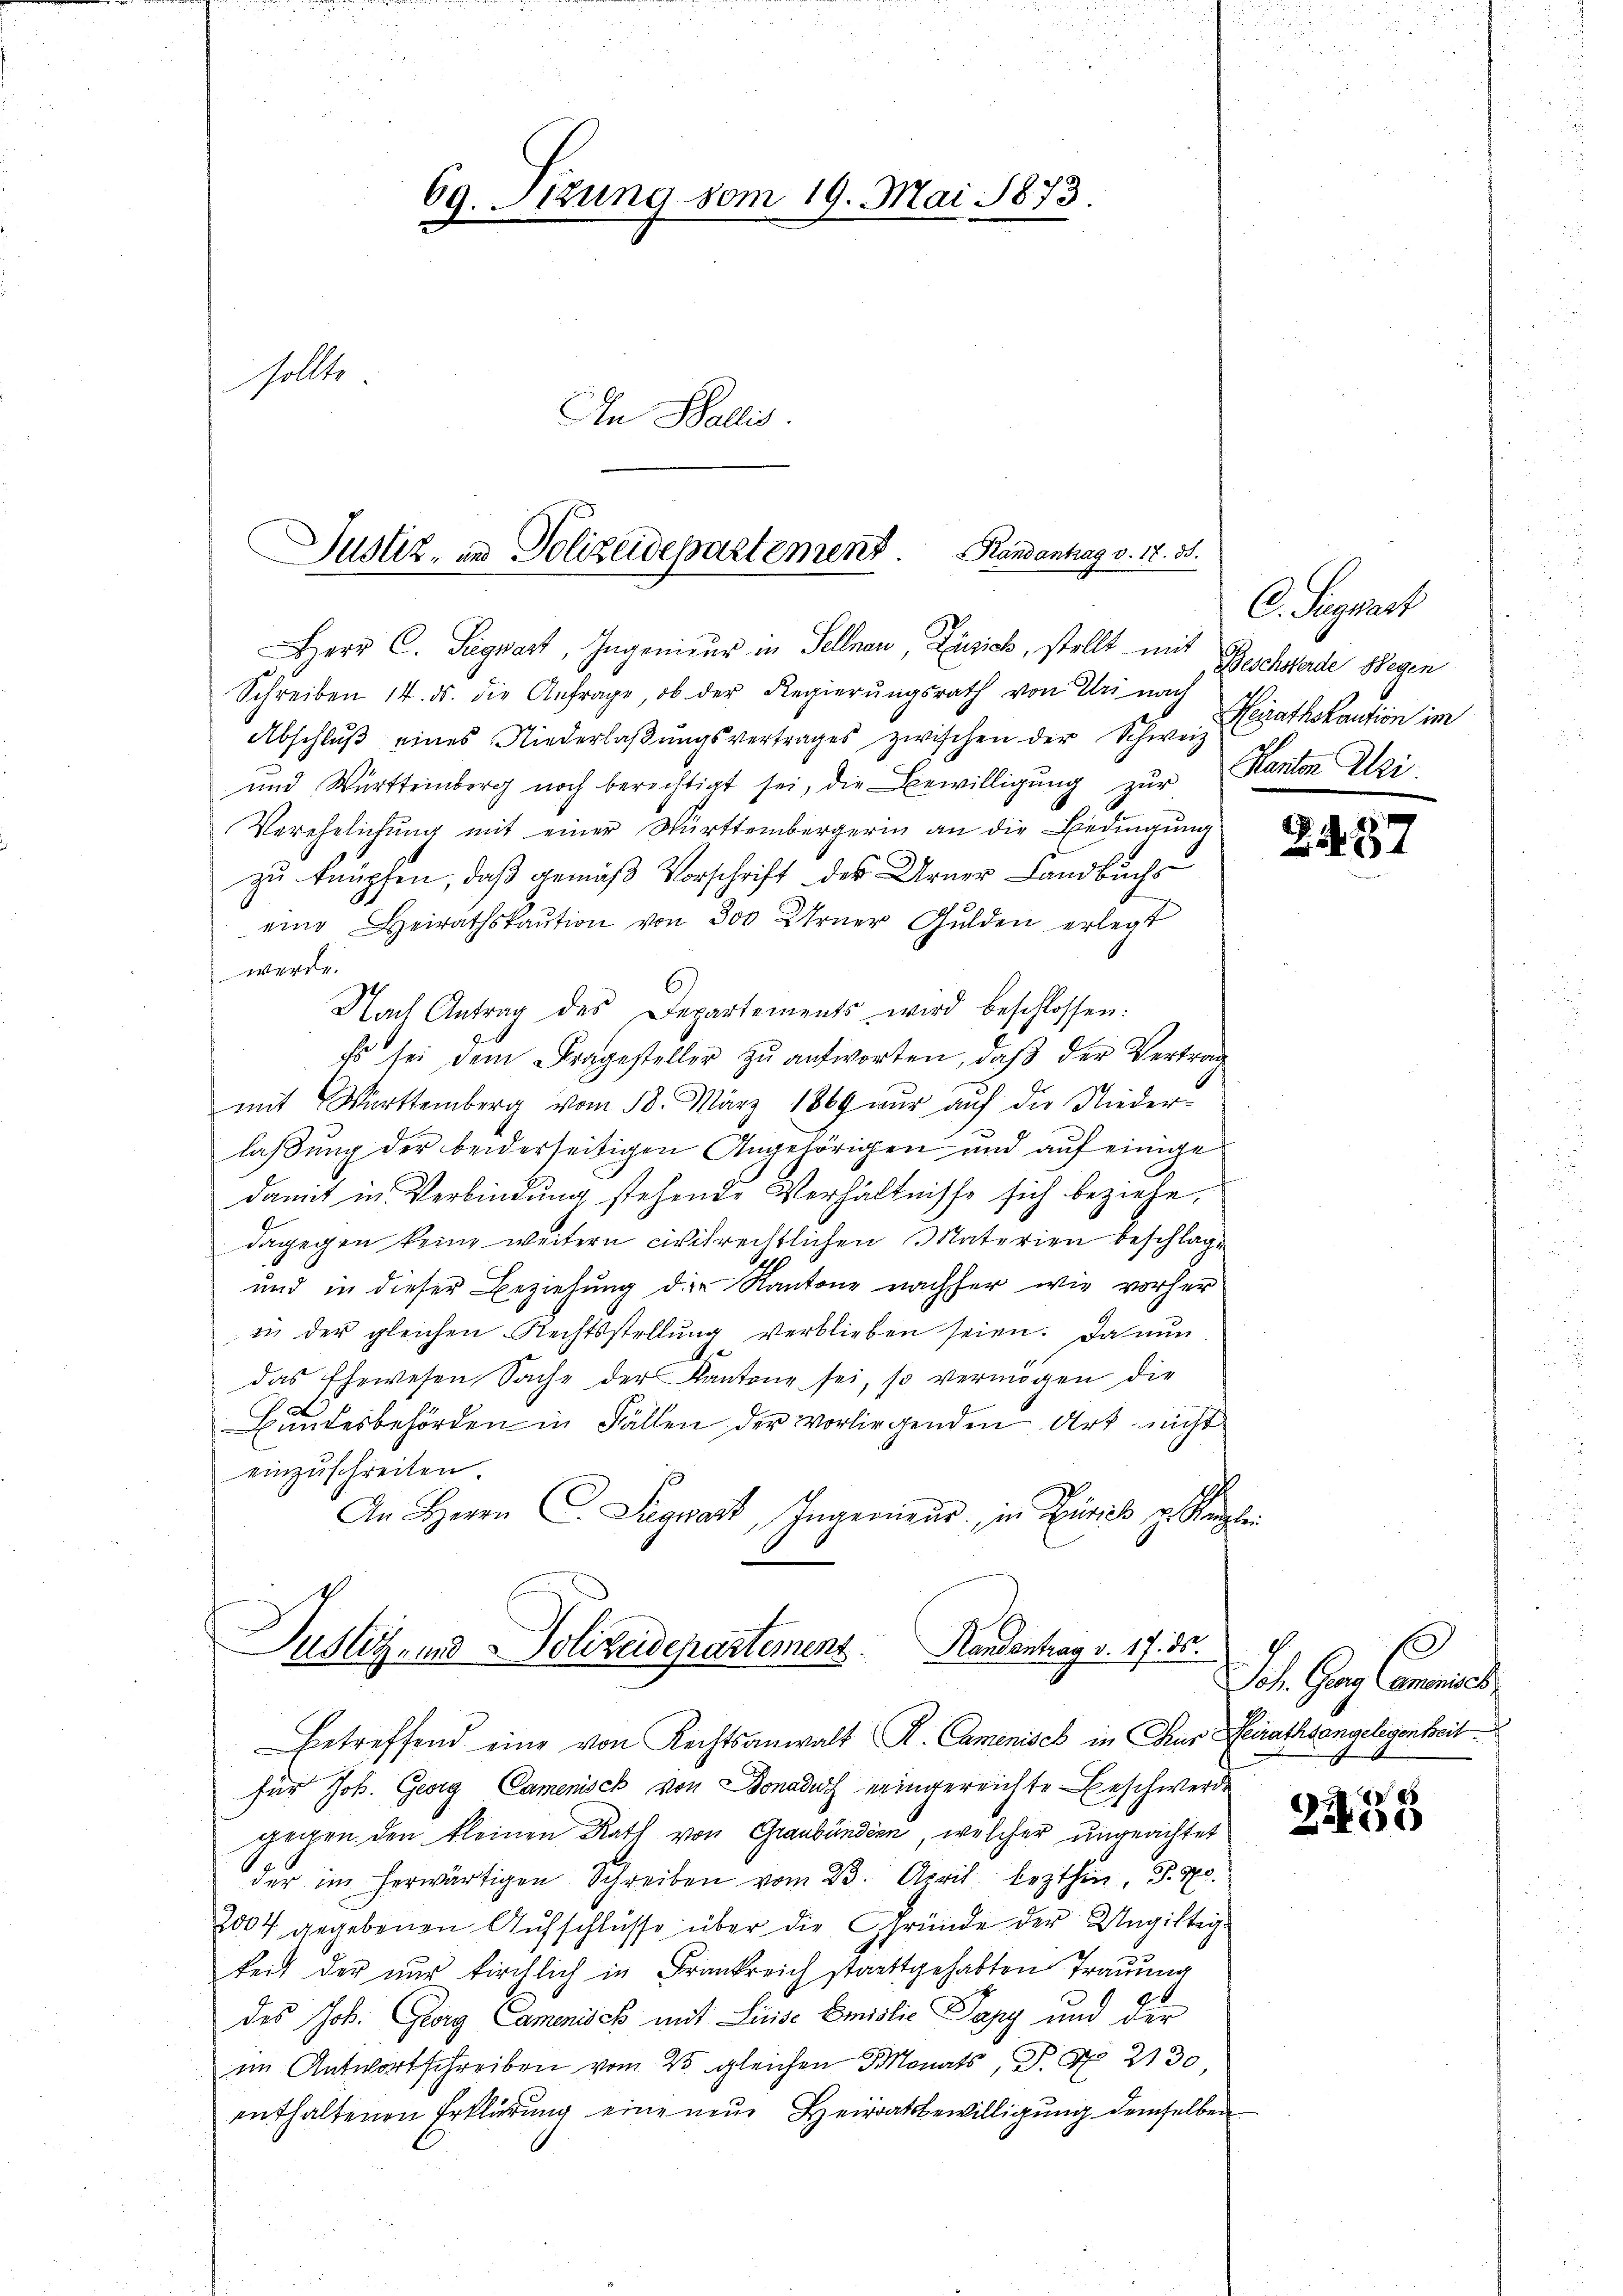
69. Sitzung vom 19. Mai 1873.
sollte.
In Wallis.

Justiz, in Polizeidepartement. Randantrag v. 18. 31.
Herr C. Siegwart, Ingenieur in Sellnau, Zürich, stellt mit

Schreiben 14. ds. die Anfrage, ob der Regierŭngsrath von Uri nach
Abschluß eines Niederlaßungsvertrages zwischen der Schweiz
und Württeinberg noch berechtigt sei, die Bewilligŭng zŭr Kanton Klei¬
Verehelichung mit einer Württembergerin an die Bedingung
zu knüpfen, daß gemäß Vorschrift der Urner Landbuch
eine Heirathskaŭtion von 300 Urner Gulden erlegt
werde.
Nach Antrag des Departements wird beschlossen:
Es sei dem Fragesteller zu antworten, daß der Vertrag
mit Württemberg vom 18. März 1869 nŭr aŭf die Nieder-
laßung der beiderseitigen Angehörigen und auf einige
damit in Verbindung stehende Verhältnisse sich beziehe,
dagegen keine weitern civilrechtlichen Materien beschlage
und in dieser Beziehung die Kantone nachher wie vorher
in der gleichen Rechtsstellung verblieben seien. Da nun
das Ehewesen Sache der Kantone sei, so vermögen die
A
Bundesbehörden in Fällen der vorliegenden Art nicht
einzŭschreiten.
An Herrn C. Siegwart, Ingerneur, in Zürich u. Kanzlei

Justiz- und Polizeidepartement. Handentrag v. 17. ds.
betreffend eine von Rechtsanwalt R. Camenisch in Chur Heirathsangelegenheit

für Joh. Georg Camenisch von Donau neingereichte Beschwerde
gegen den kleinen Rath von Graubünden, welcher ungeachtet
der im herwärtigen Schreiben vom 23. April lezthin, S. 470.
2004 gegebenen Aufschlüsse über die Gründe der Ungültig
keit der nur kirchlich in Frankreich stattgehabten Trauung
des Job. Georg Camerisch mit Linde Emilie Papy und der
im Antwortschreiben vom 23. gleichen Monats, P. G. 2130
enthaltenen Erklärung eine neue Heiratsbewilligung demselben

C. Sigrist
Beschsterde Wegen
Heirathskaution im

Z. 4. 57

19
Joh. Georg Canonich

2455